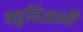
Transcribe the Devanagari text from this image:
बहुविज्ञानी